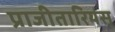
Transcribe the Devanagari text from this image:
प्राजीतारियस